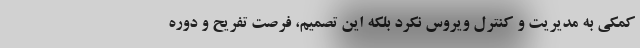
کمکی به مدیریت و کنترل ویروس نکرد بلکه این تصمیم، فرصت تفریح و دوره